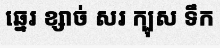
ឆ្នេរ ខ្សាច់ សរ ក្បុស ទឹក